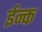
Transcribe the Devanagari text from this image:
ईन्क